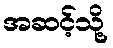
အဆင့်သို့